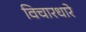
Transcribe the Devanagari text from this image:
विचारधारे